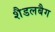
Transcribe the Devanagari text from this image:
शैडलबैग